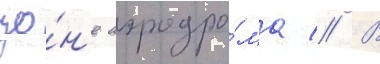
зо́н'е аэродро́ма // В